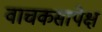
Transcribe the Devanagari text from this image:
वाचकसापेक्ष